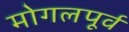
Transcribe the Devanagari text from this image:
मोगलपूर्व